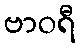
ဗာဝရီ